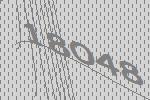
18048